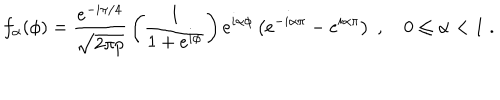
f _ { \alpha } ( \phi ) = { \frac { e ^ { - i \pi / 4 } } { \sqrt { 2 \pi p } } } \left( { \frac { 1 } { 1 + e ^ { i \phi } } } \right) e ^ { i \alpha \phi } \left( e ^ { - i \alpha \pi } - e ^ { i \alpha \pi } \right) \; , \quad 0 \le \alpha < 1 \; .